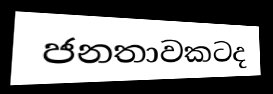
ජනතාවකටද